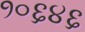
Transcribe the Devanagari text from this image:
१०६४६